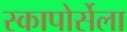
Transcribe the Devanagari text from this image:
स्कापोर्सेला